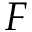
F